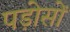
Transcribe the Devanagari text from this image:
पड़ोसों